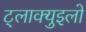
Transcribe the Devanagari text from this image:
ट्लाक्युइलो